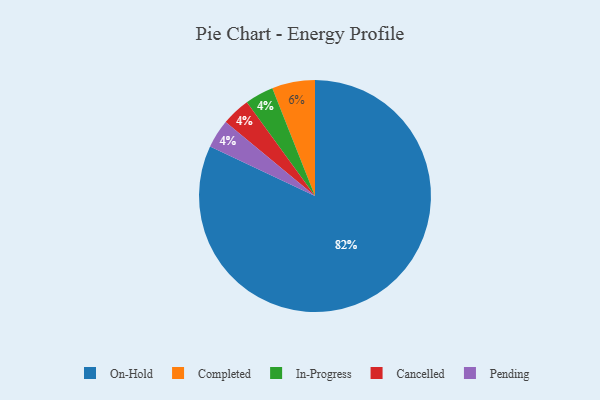
{"axis": {"x": "Category", "y": "Percentage"}, "legend": ["Cancelled", "Completed", "In-Progress", "On-Hold", "Pending"], "data": [{"x": "On-Hold", "y": 82, "type": "On-Hold"}, {"x": "In-Progress", "y": 4, "type": "In-Progress"}, {"x": "Cancelled", "y": 4, "type": "Cancelled"}, {"x": "Pending", "y": 4, "type": "Pending"}, {"x": "Completed", "y": 6, "type": "Completed"}]}